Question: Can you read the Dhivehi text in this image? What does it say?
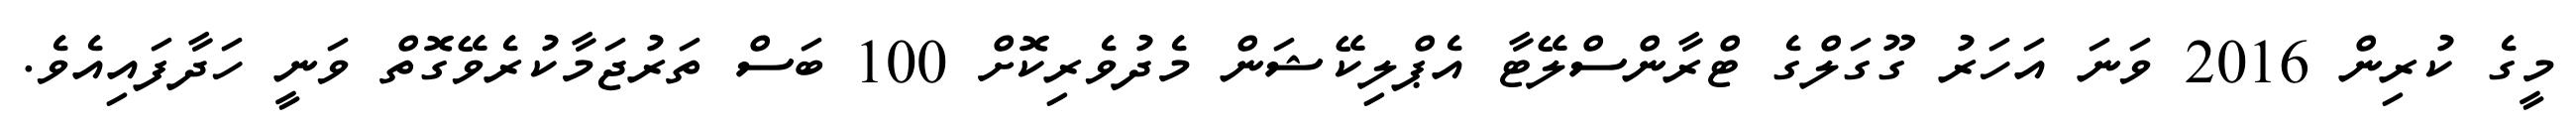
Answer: މީގެ ކުރިން 2016 ވަނަ އަހަރު ގޫގަލްގެ ޓްރާންސްލޭޓާ އެޕްލިކޭޝަން މެދުވެރިކޮށް 100 ބަސް ތަރުޖަމާކުރެވޭގޮތް ވަނީ ހަދާފައިއެވެ.